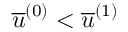
\overline { { u } } ^ { \left( 0 \right) } < \overline { { u } } ^ { \left( 1 \right) }